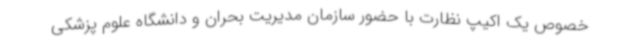
خصوص یک اکیپ نظارت با حضور سازمان مدیریت بحران و دانشگاه علوم پزشکی